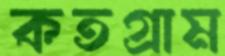
কতগ্রাম